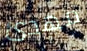
مهدئ